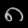
Digit: ၈